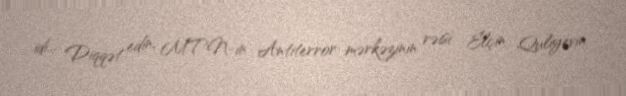
idi... Diqqət edin, MTN-in Antiterror mərkəzinin rəisi Elçin Quliyevin